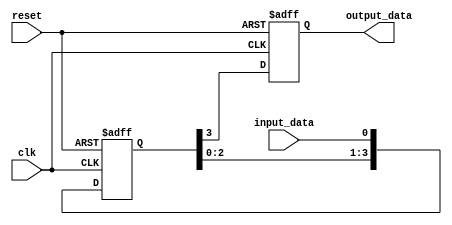
module SISO_shift_register (
  input wire clk,
  input wire reset,
  input wire input_data,
  output reg output_data
);

reg [3:0] shift_reg;

always @(posedge clk or posedge reset) begin
  if (reset) begin
    shift_reg <= 4'b0000;
    output_data <= 1'b0;
  end else begin
    shift_reg <= {shift_reg[2:0], input_data};
    output_data <= shift_reg[3];
  end
end

endmodule